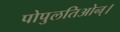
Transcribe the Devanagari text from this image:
पोपुलतिओन्।